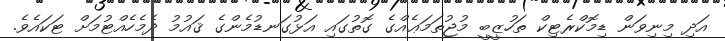
އަދި މިނިވަން ޑިމޮކްރެޓިކް ތަހުޒީބީ މުޖުތަމަޢެއްގެ ގޮތުގައި އަޅުގަނޑުމެންގެ ޤައުމު ދެމެހެއްޓުމަށް ޓަކައެވެ.